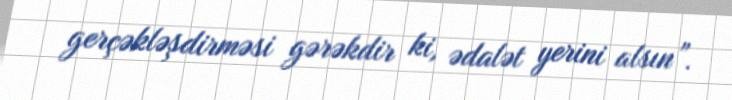
gerçəkləşdirməsi gərəkdir ki, ədalət yerini alsın”.